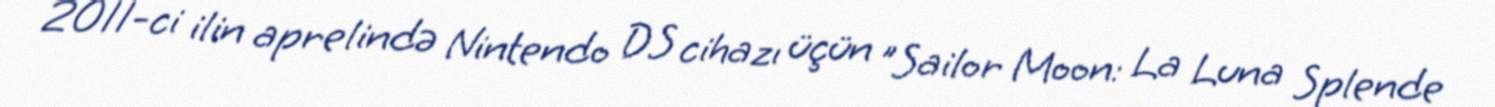
2011-ci ilin aprelində Nintendo DS cihazı üçün "Sailor Moon: La Luna Splende